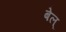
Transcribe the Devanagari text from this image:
बेल्